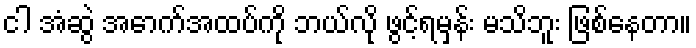
ငါ အံဆွဲ အောက်အထပ်ကို ဘယ်လို ဖွင့်ရမှန်း မသိဘူး ဖြစ်နေတာ။